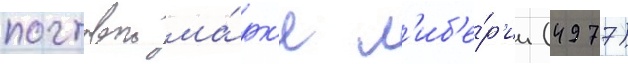
почтовои ма́рк'е л'иб'е́р'ии (4977)